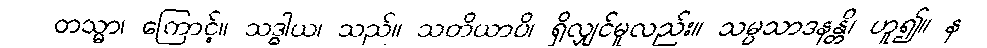
တသ္မာ၊ ကြောင့်။ သဒ္ဓါယ၊ သည်။ သတိယာပိ၊ ရှိလျှင်မူလည်း။ သမ္ပသာဒနန္တိ၊ ဟူ၍။ န